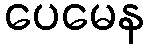
ပေမေန